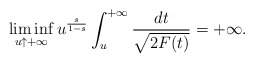
\begin{align*}\liminf_{u\uparrow+\infty}u^{\frac{s}{1-s}}\int_u^{+\infty}\frac{dt}{\sqrt{2F(t)}}=+\infty.\end{align*}